Report of the Indian Hemp Drugs Commission, 1894-1895 - Volume II
Year: 1894
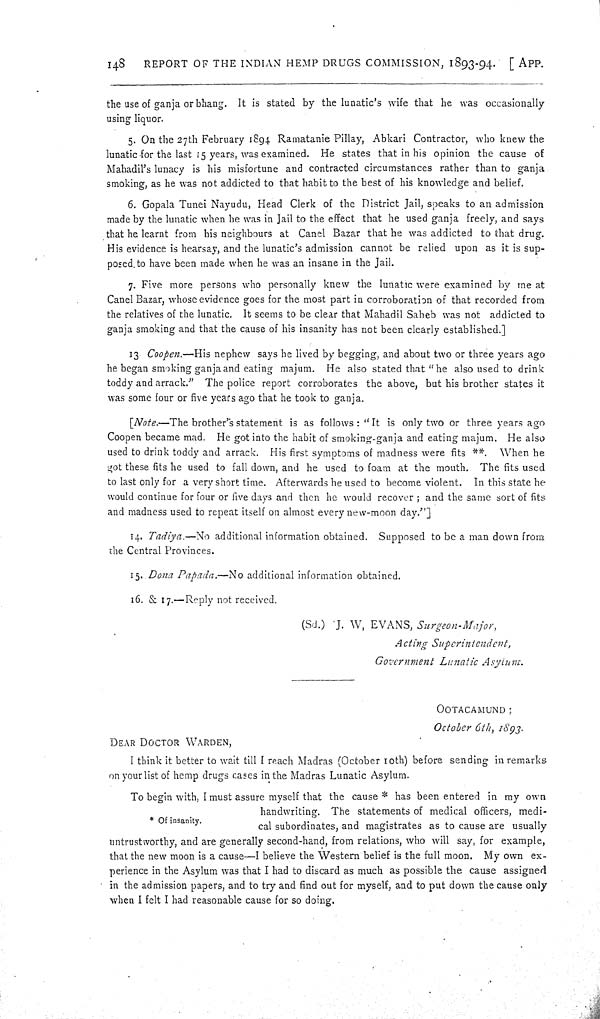
148
REPORT OF THE INDIAN HEMP DRUGS COMMISSION, 1893-94. [APP.
the use of ganja or bhang. It is stated by the lunatic's wife that he was occasionally
using liquor.
5. On the 27th February 1894 Ramatanie Pillay, Abkari Contractor, who knew the
lunatic for the last 15 years, was examined. He states that in his opinion the cause of
Mahadil's lunacy is his misfortune and contracted circumstances rather than to ganja
smoking, as he was not addicted to that habit to the best of his knowledge and belief.
6. Gopala Tunei Nayudu, Head Clerk of the District Jail, speaks to an admission
made by the lunatic when he was in Jail to the effect that he used ganja freely, and says
that he learnt from his neighbours at Canel Bazar that he was addicted to that drug.
His evidence is hearsay, and the lunatic's admission cannot be relied upon as it is sup-
posed to have been made when he was an insane in the Jail.
7. Five more persons who personally knew the lunatic were examined by me at
Canel Bazar, whose evidence goes for the most part in corroboration of that recorded from
the relatives of the lunatic. It seems to be clear that Mahadil Saheb was not addicted to
ganja smoking and that the cause of his insanity has not been clearly established.]
13. Coopen.—His nephew says he lived by begging, and about two or three years ago
he began smoking ganja and eating majum. He also stated that "he also used to drink
toddy and arrack." The police report corroborates the above, but his brother states it
was some four or five years ago that he took to ganja.
[Note.—The brother's statement is as follows: "It is only two or three years ago
Coopen became mad. He got into the habit of smoking-ganja and eating majum. He also
used to drink toddy and arrack. His first symptoms of madness were fits **. When he
got these fits he used to fall down, and he used to foam at the mouth. The fits used
to last only for a very short time. Afterwards he used to become violent. In this state he
would continue for four or five days and then he would recover; and the same sort of fits
and madness used to repeat itself on almost every new-moon day."]
14. Tadiya.—No additional information obtained. Supposed to be a man down from
the Central Provinces.
15. Dona Papada.—No additional information obtained.
16. & 17.—Reply not received.
(Sd.) J. W. EVANS, Surgeon-Major,
Acting Superintendent,
Government Lunatic Asylum.
OOTACAMUND;
October 6th, 1893.
DEAR DOCTOR WARDEN,
I think it better to wait till I reach Madras (October 10th) before sending in remarks
on your list of hemp drugs cases in the Madras Lunatic Asylum.
* Of insanity.
To begin with, I must assure myself that the cause * has been entered in my own
handwriting. The statements of medical officers, medi-
cal subordinates, and magistrates as to cause are usually
untrustworthy, and are generally second-hand, from relations, who will say, for example,
that the new moon is a cause—I believe the Western belief is the full moon. My own ex-
perience in the Asylum was that I had to discard as much as possible the cause assigned
in the admission papers, and to try and find out for myself, and to put down the cause only
when I felt I had reasonable cause for so doing.